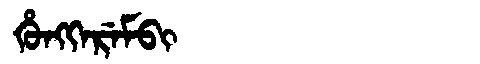
Manchu: ᡥᡠᠩᡴᡝᡵᡝᠮᠪᡳ
Romanization: HUNGKEREMBI